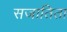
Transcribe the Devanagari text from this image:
सजातिता